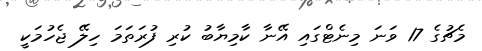
މެޗުގެ 17 ވަނަ މިނެޓްގައި އޭނާ ކާމިޔާބު ކުރި ފުރަތަމަ ހިލޭ ޖެހުމަކީ